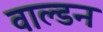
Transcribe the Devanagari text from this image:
वाल्डन